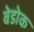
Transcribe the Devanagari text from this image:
बेडोक